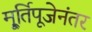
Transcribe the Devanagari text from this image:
मू्र्तिपूजेनंतर